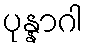
ပုန္နာဂါ